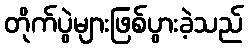
တိုက်ပွဲများဖြစ်ပွားခဲ့သည်